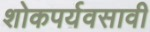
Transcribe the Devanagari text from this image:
शोकपर्यवसावी